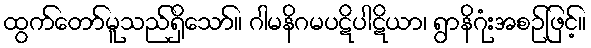
ထွက်တော်မူသည်ရှိသော်။ ဂါမနိဂမပဋိပါဋိယာ၊ ရွာနိဂုံးအစဉ်ဖြင့်။